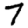
Digit: 7